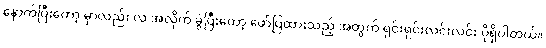
နောက်ပြီးတော့ မှာလည်း လ အလိုက် ခွဲပြီးတော့ ဖော်ပြထားသည့် အတွက် ရှင်းရှင်းလင်းလင်း ပိုရှိပါတယ်။